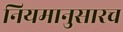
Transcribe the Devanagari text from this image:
नियमानुसारच